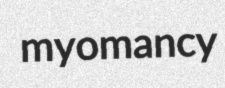
myomancy